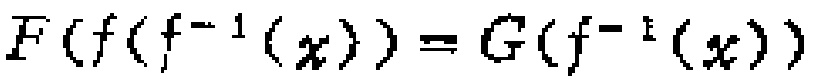
$F(f(f^{-1}(x)))=G(f^{-1}(x))$